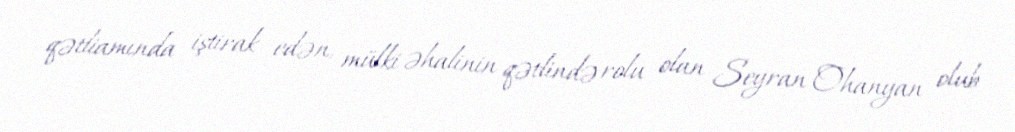
qətliamında iştirak edən, mülki əhalinin qətlində rolu olan Seyran Ohanyan olub